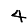
Digit: 4